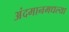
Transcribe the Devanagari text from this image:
अंदमानमधल्या